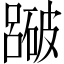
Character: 𥖕